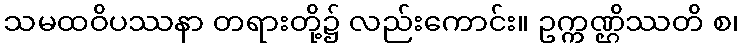
သမထဝိပဿနာ တရားတို့၌ လည်းကောင်း။ ဥက္ကဏ္ဌိဿတိ စ၊